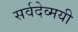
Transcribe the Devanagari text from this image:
सर्वदेव्मयी